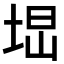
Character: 𡌕